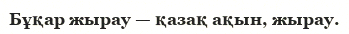
Бұқар жырау — қазақ ақын, жырау.